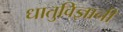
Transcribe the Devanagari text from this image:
धातुविज्ञानी